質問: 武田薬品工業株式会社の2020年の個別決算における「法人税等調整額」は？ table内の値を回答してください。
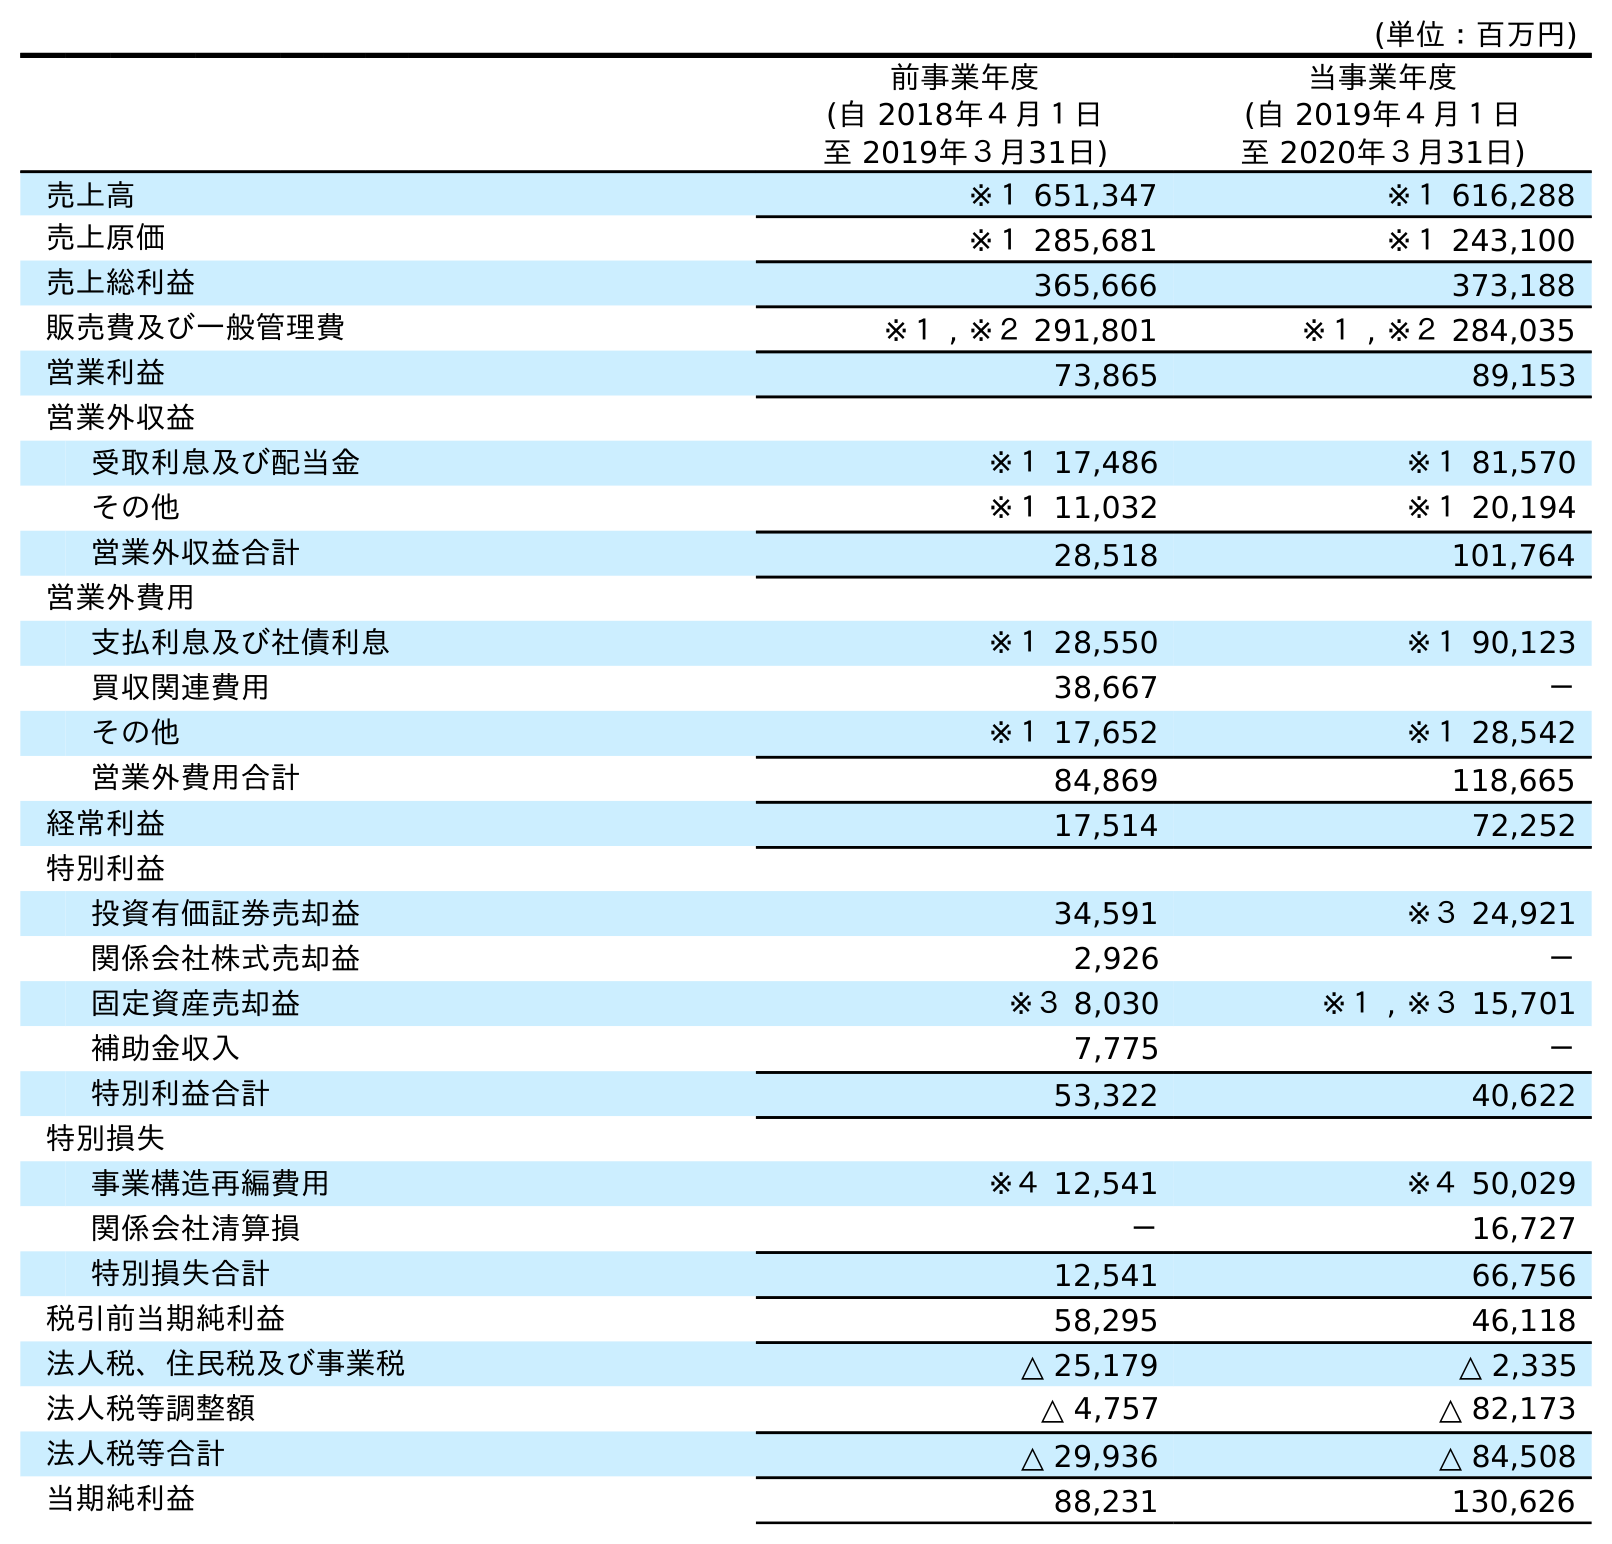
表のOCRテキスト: (単位：百万円) 前事業年度 (自 2018年４月１日 至 2019年３月31日) 当事業年度 (自 2019年４月１日 至 2020年３月31日) 売上高 ※１ 651,347 ※１ 616,288 売上原価 ※１ 285,681 ※１ 243,100 売上総利益 365,666 373,188 販売費及び一般管理費 ※１ , ※２ 291,801 ※１ , ※２ 284,035 営業利益 73,865 89,153 営業外収益 受取利息及び配当金 ※１ 17,486 ※１ 81,570 その他 ※１ 11,032 ※１ 20,194 営業外収益合計 28,518 101,764 営業外費用 支払利息及び社債利息 ※１ 28,550 ※１ 90,123 買収関連費用 38,667 － その他 ※１ 17,652 ※１ 28,542 営業外費用合計 84,869 118,665 経常利益 17,514 72,252 特別利益 投資有価証券売却益 34,591 ※３ 24,921 関係会社株式売却益 2,926 － 固定資産売却益 ※３ 8,030 ※１ , ※３ 15,701 補助金収入 7,775 － 特別利益合計 53,322 40,622 特別損失 事業構造再編費用 ※４ 12,541 ※４ 50,029 関係会社清算損 － 16,727 特別損失合計 12,541 66,756 税引前当期純利益 58,295 46,118 法人税、住民税及び事業税 △ 25,179 △ 2,335 法人税等調整額 △ 4,757 △ 82,173 法人税等合計 △ 29,936 △ 84,508 当期純利益 88,231 130,626
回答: △82,173